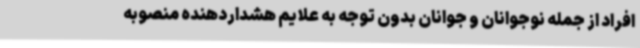
افراد از جمله نوجوانان و جوانان بدون توجه به علایم هشداردهنده منصوبه